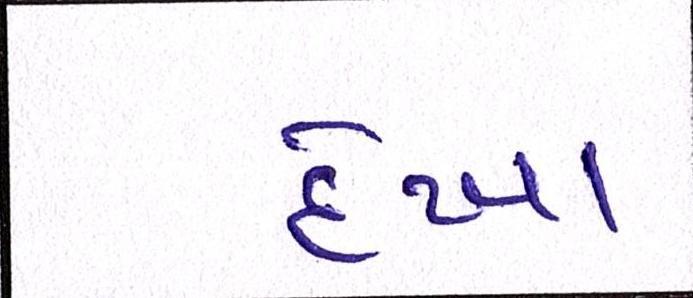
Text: દેખા